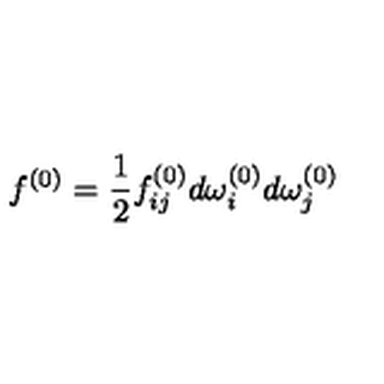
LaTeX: f ^ { ( 0 ) } = \frac { 1 } { 2 } f _ { i j } ^ { ( 0 ) } d \omega _ { i } ^ { ( 0 ) } d \omega _ { j } ^ { ( 0 ) }